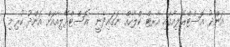
އަންދު އޮސްޓްރޭލިއާގައި އާރޓް ކްލާހެއް ނަގައިދެނީ  އޮސްޓްރޭލިއާއަށް އަންދު ކުރި މި